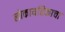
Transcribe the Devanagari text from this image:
लोकायतिकाचा